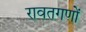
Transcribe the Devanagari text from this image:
रावतगणों